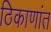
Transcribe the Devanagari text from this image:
ठिकाणांत